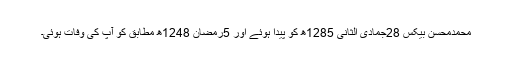
محمدمحسن بیکسؒ 28جمادی الثانی 1285ھ کو پیدا ہوئے اور 5رمضان 1248ھ مطابق کو آپ کی وفات ہوئی۔